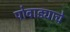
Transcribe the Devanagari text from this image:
पोवाड्याचे